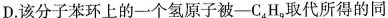
D.该分子苯环上的一个氢原子被-C_{4}H_{9}，取代所得的同